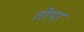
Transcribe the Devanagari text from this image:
तोपा